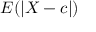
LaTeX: E ( \left| X - c \right| )